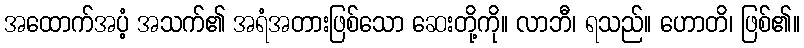
အထောက်အပံ့ အသက်၏ အရံအတားဖြစ်သော ဆေးတို့ကို။ လာဘီ၊ ရသည်။ ဟောတိ၊ ဖြစ်၏။